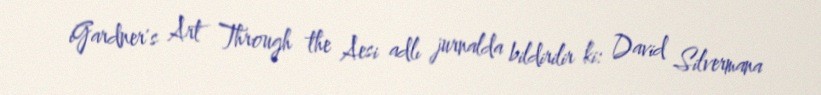
iGardner's Art Through the Aesi adlı jurnalda bildirilir ki: David Silvermana